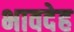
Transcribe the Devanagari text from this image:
भावदेह